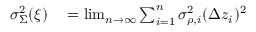
\begin{array} { r l } { \sigma _ { \Sigma } ^ { 2 } ( \boldsymbol { \xi } ) } & { { } = \operatorname* { l i m } _ { n \to \infty } \sum _ { i = 1 } ^ { n } \sigma _ { \rho , i } ^ { 2 } ( \Delta z _ { i } ) ^ { 2 } } \end{array}